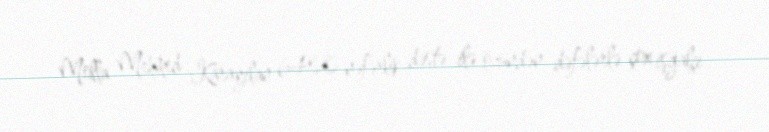
Molla Mehmed Karayılan 6400 nəfərlik dəstə ilə özündən dəfələrlə çox işğalçı